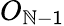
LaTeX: O_{\mathbb{N}-1}